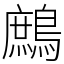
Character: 鷓